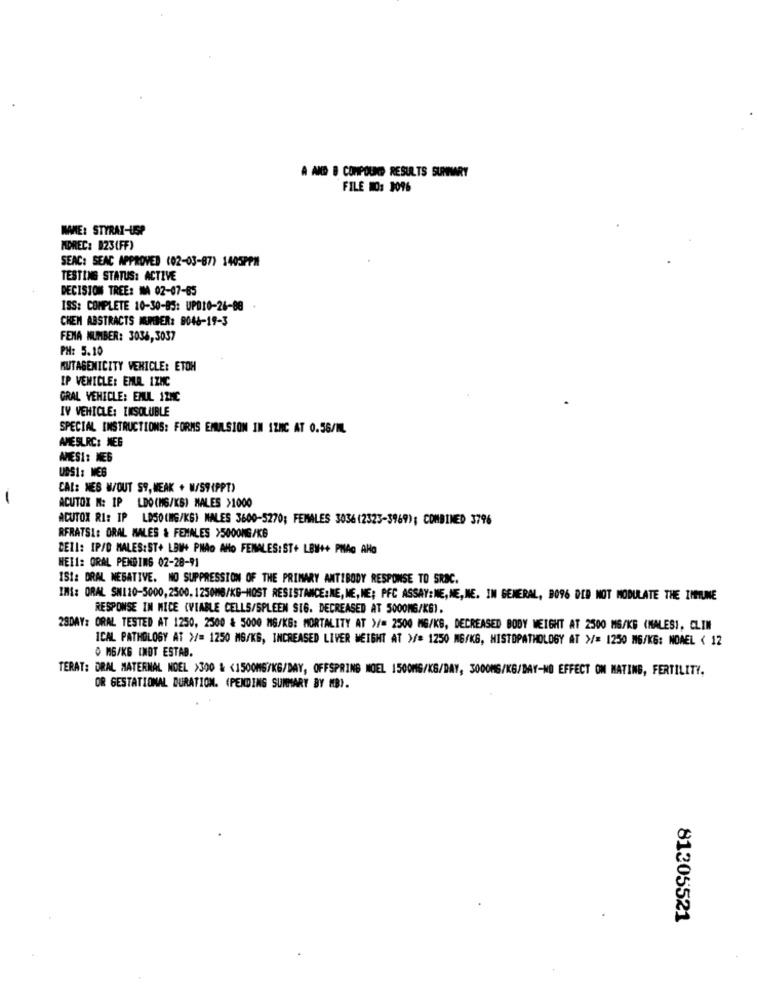
A AND B COMPOUND RESULTS SUMMARY
FILE MO3 3096
MME: STYRAY-USP
MOREC: #23 (FF)
SEAC: SEAC APPROVED (02-03-87) 1405PPM
TESTING STATUS: ACTIVE
DECISION TREE: MA 02-07-65
ISS: COMPLETE 10-30-85: UPD10-26-88
CHEM ABSTRACTS MEMBER: 8046-19-3
FENA NUMBER: 3036,3037
PH: 5.10
RUTASENICITY VEHICLE: ETOH
IP VEHICLE: EMUL 1ZMC
GRAL VEHICLE: EMUL 1ZHC
IV VEHICLE: ENSOLUBLE
SPECIAL INSTRUCTIONS: FORMS EMULSION IN 1ZNC AT 0.56/ML
AMESLRC: MEG
AMESI: NE6
UNS1: MEG
CAL: NES W/OUT S9, WEAK + W/S9(PPT)
-
ACUTOX N: IP
LDO(MG/KB) MALES >1000
ACUTOX RI: IP LOSO(MG/KG) MALES 3600-5270; FEMALES 3036(2323-3969); COMBINED 3796
RFRATSL: ORAL MALES & FEMALES >5000MG/KG
CELL: IP/D MALES:ST+ LOW+ PNAD AMo FEMALES: ST+ LBW++ PHAG AHo
WEII: ORAL PENDING 02-28-91
IST: DRAL NEGATIVE. NO SUPPRESSION OF THE PRIMARY ANTIBODY RESPONSE TO SROC.
INI: ORAL SW120-5000,2500, 1250MG/KG-HOST RESISTANCE:NE, ME, NE; PFC ASSAY:NE, NE,NE. IN GENERAL, B096 DID NOT MODULATE THE IMMUNE
RESPONSE IN MICE (VIABLE CELLS/SPLEEN SIG. DECREASED AT 5000MG/KG).
28DAY: ORAL TESTED AT 1250, 2500 & 5000 MG/KG: MORTALITY AT >/= 2500 MG/KG, DECREASED BODY WEIGHT AT 2500 MG/KG (MALES), CLIM
ICAL PATHOLOGY AT >/= 1250 MG/KG, INCREASED LIVER WEIGHT AT >/= 1250 MG/KG, HISTOPATHOLOGY AT >/= 1250 MG/KG: NOWEL < 12
0 MG/KG IMOT ESTAB.
TERAT: DRAL MATERNAL NOEL >300 & <1500MG/KG/DAY, OFFSPRING NOEL 1500MG/KG/DAY, 3000MG/KG/DAY-NO EFFECT ON MATING, FERTILITY.
OR GESTATIONAL DURATION. (PENDING SUMMARY BY MB).
81305521